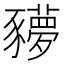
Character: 𧲍